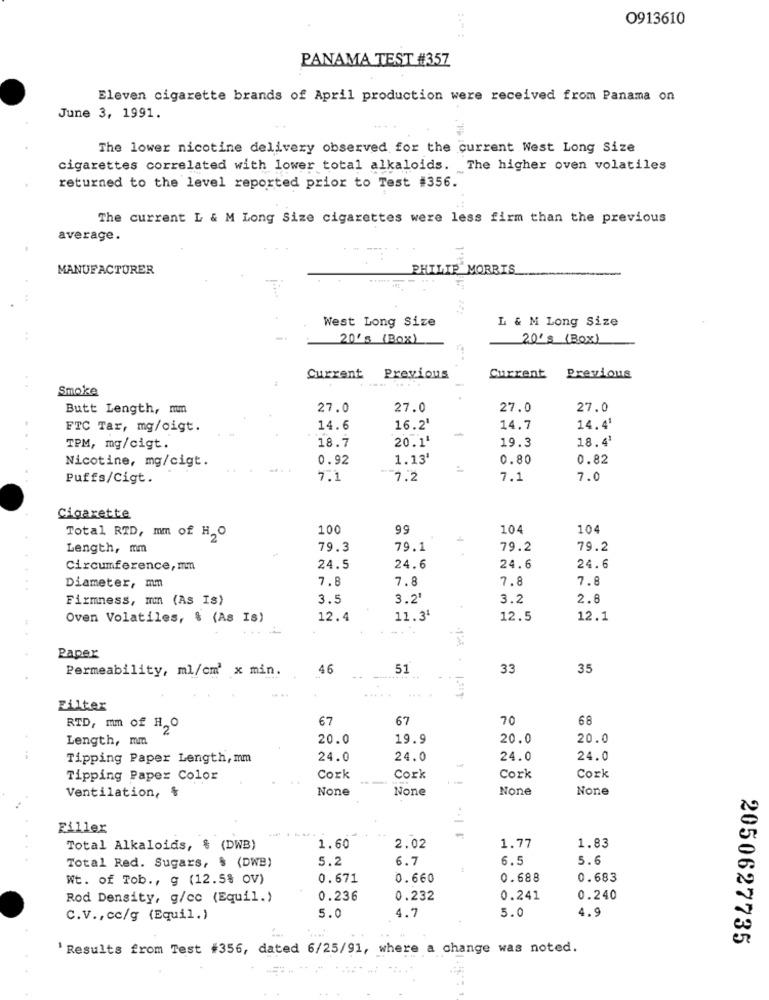
0913610
PANAMA TEST #357
Eleven cigarette brands of April production were received from Panama on
June 3, 1991.
The lower nicotine delivery observed for the current West Long Size
cigarettes correlated with lower total alkaloids. The higher oven volatiles
returned to the level reported prior to Test #356.
The current L & M Long Size cigarettes were less firm than the previous
average.
MANUFACTURER
PHILIP MORRIS
West Long Size
L & M Long Size
20's (Box)
20's (BOX)
Current Previous
Current
Previous
Smoke
Butt Length, mm
27.0
27.0
27.0
27.0
FTC Tar, mg/oigt.
14.6
16.2'
-
14.7
14.4'
18.7
20.11
19.3
18.4'
TPM, mg/cigt.
Nicotine, mg/cigt.
0.92
1.13'
0.80
0.82
Puffs/Cigt.
7.1
7.2
7.1
7.0
Cigarette
100
99
104
104
Total RTD, mm of H,O
Length, mm
79.3
79.1
79.2
79.2
24.6
Circumference, mm
24.5
24.6
24.6
7.8
7.8
7.8
7.8
Diameter, mm
Firmness, mmm (As Is)
3.5
3.2'
3.2
2.8
Oven Volatiles, % (As Is)
12.4
11.3'
12.5
12.1
Paper
Permeability, ml/cm' x min.
46
51
33
35
Filter
67
67
70
68
RTD, mm of H,O
Length, mm
20.0
19.9
20.0
20.0
Tipping Paper Length, mm
24.0
24.0
24.0
24.0
Tipping Paper Color
Cork
Cork
Cork
Cork
Ventilation, &
Filler
1.60
Total Alkaloids, & (DWB)
2.02
1.77
1.83
5.2
6.7
6.5
5.6
Total Red. Sugars, $ (DWB)
Wt. of Tob ., g (12.5% OV)
0.671
0.660
0.688
0.683
Rod Density, g/cc (Equil.)
0.236
0.232
0.241
0.240
5.0
4.9
C.V ., cc/g (Equil.)
5.0
4.7
2050627735
' Results from Test #356, dated 6/25/91, where a change was noted.